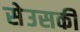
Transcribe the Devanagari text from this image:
सेउसकी